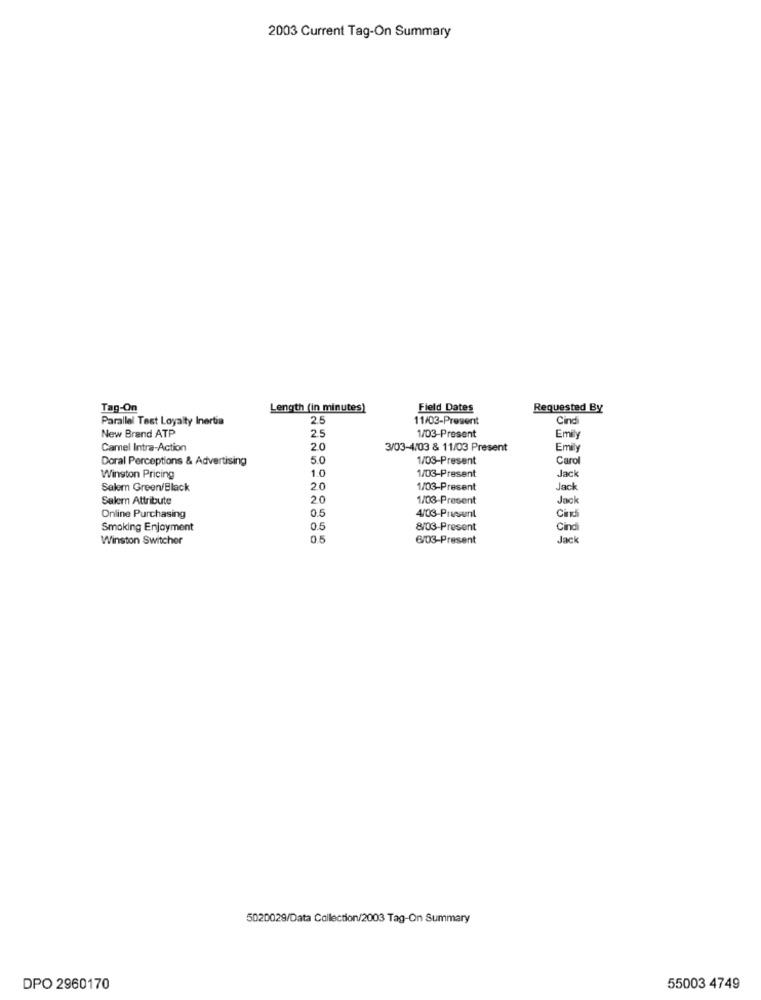
2003 Current Tag-On Summary
Tag-On
Length (in minutes)
Field Dates
Requested By
Parallel Test Loyalty Inertia
2.5
11/03-Present
Cindi
New Brand ATP
25
1/03-Present
Emily
Camel Intra-Action
20
3/03-4/03 & 11/03 Present
Emily
Doral Perceptions & Advertising
5.0
1/03-Present
Carol
1.0
1/03-Present
Winston Pricing
Jack
Salem Green/Black
20
1/03-Present
Jack
Salem Attribute
20
1/03-Present
Jack
0.5
Cin
Online Purchasing
4/03-Prusunt
Smoking Enjoyment
0.5
8/03-Present
Cin
Winston Switcher
0.5
6/03-Present
Jack
5020029/Data Collection/2003 Tag-On Summary
DPO 2960170
55003 4749